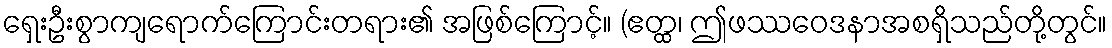
ရှေးဦးစွာကျရောက်ကြောင်းတရား၏ အဖြစ်ကြောင့်။ (ဧတ္ထ၊ ဤဖဿဝေဒနာအစရှိသည်တို့တွင်။